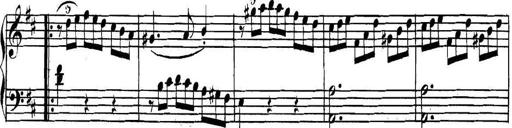
Title: Collected Piano Sonatas
Composer: Muzio Clementi